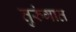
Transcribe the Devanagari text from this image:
तुरुंंगात